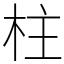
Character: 柱